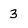
Character: 3